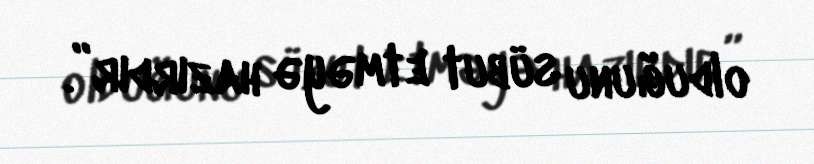
olduğunu sübut etməyə hazırdır”.